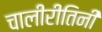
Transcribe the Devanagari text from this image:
चालीरीतिनी